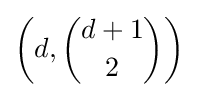
\left(d,{d+1 \choose 2}\right)